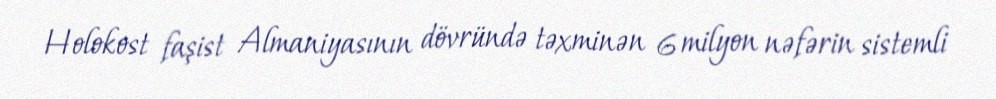
Holokost faşist Almaniyasının dövründə təxminən 6 milyon nəfərin sistemli